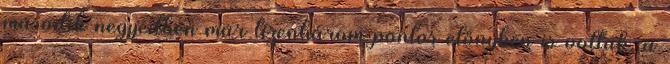
második negyedben már tizenhárom pontos előnyben is voltak, a